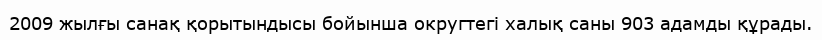
2009 жылғы санақ қорытындысы бойынша округтегі халық саны 903 адамды құрады.